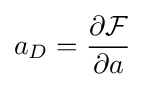
a_{D}={\frac {\partial {\mathcal {F}}}{\partial a}}